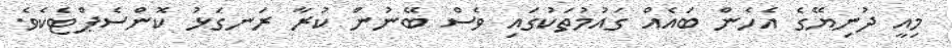
މިއީ ދުނިޔޭގެ އެހެން ބައެއް ގައުމުތަކުގައި ވެސް ބޭނުން ކުރާ ރަނގަޅު ކޮންސެޕްޓެކެވެ.